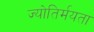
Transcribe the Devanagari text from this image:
ज्योतिर्मयता